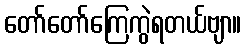
တော်တော်ကြေကွဲရတယ်ဗျာ။